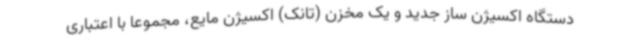
دستگاه اکسیژن ساز جدید و یک مخزن (تانک) اکسیژن مایع، مجموعا با اعتباری